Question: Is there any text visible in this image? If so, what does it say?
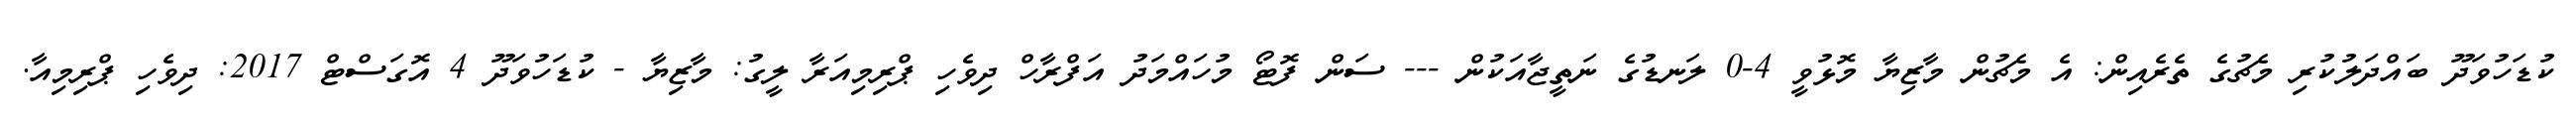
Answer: ކުޑަހުވަދޫ ބައްދަލުކުރި މެޗުގެ ތެރެއިން: އެ މެޗުން މާޒިޔާ މޮޅުވީ 4-0 ލަނޑުގެ ނަތީޖާއަކުން --- ސަން ފޮޓޯ މުހައްމަދު އަފްރާހް ދިވެހި ޕްރިމިއަރާ ލީގު: މާޒިޔާ - ކުޑަހުވަދޫ 4 އޮގަސްޓް 2017: ދިވެހި ޕްރިމިއާ.